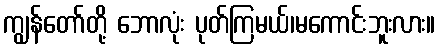
ကျွန်တော်တို့ ဘောလုံး ပုတ်ကြမယ်၊မကောင်းဘူးလား။